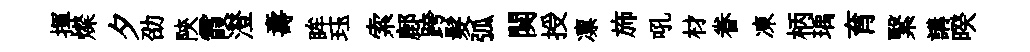
揮燦夕劭陝霞澄夀眸珏索鄜跨髮弧闋授凛斾吼材眷凍柄瑀育繄講暌